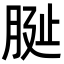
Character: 𦚺